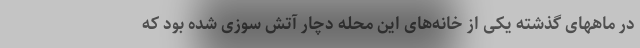
در ماههای گذشته یکی از خانه‌های این محله دچار آتش سوزی شده بود که